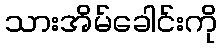
သားအိမ်ခေါင်းကို